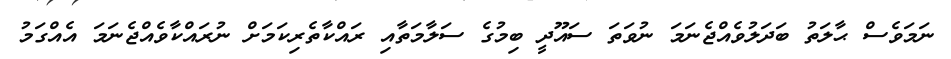
ނަމަވެސް ޙާލަތު ބަދަލުވެއްޖެނަމަ ނުވަތަ ސައޫދީ ބިމުގެ ސަލާމަތާއި ރައްކާތެރިކަމަށް ނުރައްކާވެއްޖެނަމަ އެއްގަމު